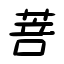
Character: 菩